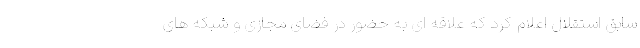
سابق استقلال اعلام کرد که علاقه ای به حضور در فضای مجازی و شبکه های